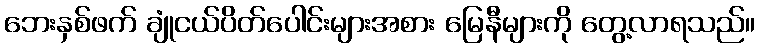
ဘေးနှစ်ဖက် ချုံငယ်ပိတ်ပေါင်းများအစား မြေနီများကို တွေ့လာရသည်။